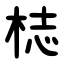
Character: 梽